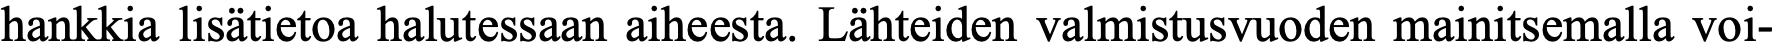
hankkia lisätietoa halutessaan aiheesta. Lähteiden valmistusvuoden mainitsemalla voi-